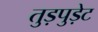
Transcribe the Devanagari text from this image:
तुड़पुड़ेट